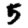
Digit: 5